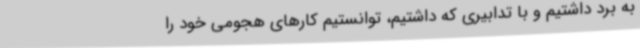
به برد داشتیم و با تدابیری که داشتیم، توانستیم کارهای هجومی خود را